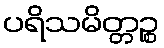
ပရိသမိတ္တဉ္စ